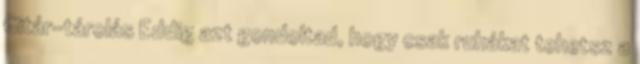
Gitár-tárolás Eddig azt gondoltad, hogy csak ruhákat tehetsz a